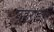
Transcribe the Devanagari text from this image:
गहराईयाँ